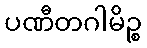
ပဏီတဂါမိဉ္စ